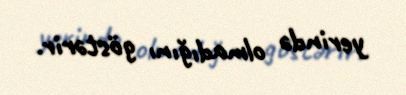
yerində olmadığını göstərir.